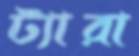
ট্যারা